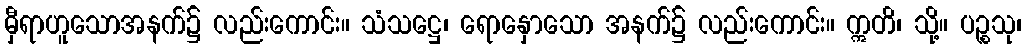
မှီရာဟူသောအနက်၌ လည်းကောင်း။ သံသဋ္ဌေ၊ ရောနှောသော အနက်၌ လည်းကောင်း။ ဣတိ၊ သို့။ ပဉ္စသု၊